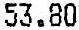
53.80